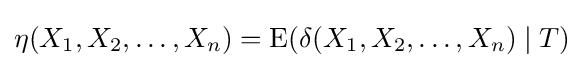
\eta (X_{1},X_{2},\ldots ,X_{n})=\operatorname {E} (\delta (X_{1},X_{2},\ldots ,X_{n})\mid T)